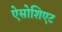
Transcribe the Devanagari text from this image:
ऐसोशिएट